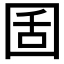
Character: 𡇜